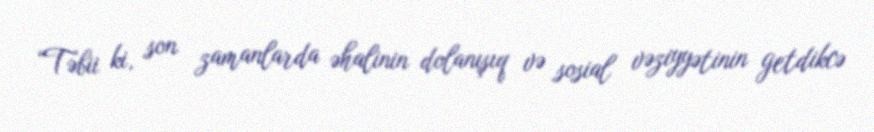
“Təbii ki, son zamanlarda əhalinin dolanışıq və sosial vəziyyətinin getdikcə